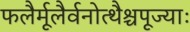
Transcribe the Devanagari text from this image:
फलैर्मूलैर्वनोत्थैश्चपूज्याः